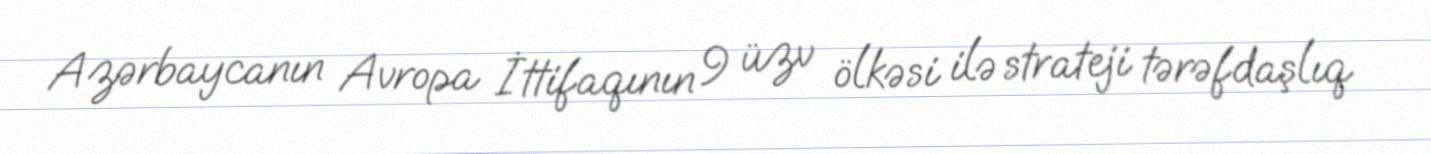
Azərbaycanın Avropa İttifaqının 9 üzv ölkəsi ilə strateji tərəfdaşlıq